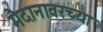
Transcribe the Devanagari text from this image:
मैदानावरच्या